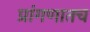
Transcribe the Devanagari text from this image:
प्रांगणातच